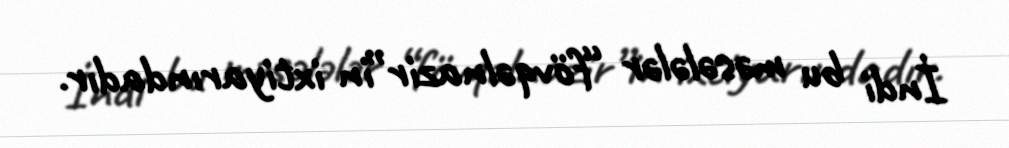
İndi bu məsələlər “fövqəlnazir”in ixtiyarındadır.